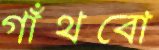
গাঁথবো